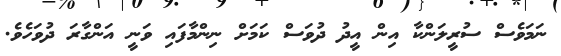
ނަމަވެސް ސުރީލަންކާ އިން އީދު ދުވަސް ކަމަށް ނިންމާފައި ވަނީ އަންގާރަ ދުވަހެވެ.